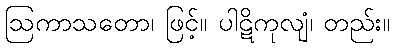
ဩကာသတော၊ ဖြင့်။ ပါဋိကုလျံ၊ တည်း။